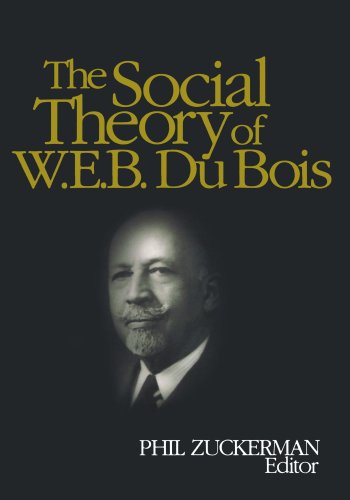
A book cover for The Social Theory of W.E.B. Du Bois; W.E.B. Du Bois; Politics & Social Sciences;